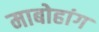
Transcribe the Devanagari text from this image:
माबोहांग